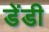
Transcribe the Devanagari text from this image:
डेंडी